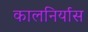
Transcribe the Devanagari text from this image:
कालनिर्यास